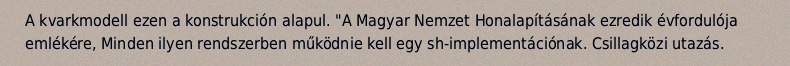
A kvarkmodell ezen a konstrukción alapul. "A Magyar Nemzet Honalapításának ezredik évfordulója emlékére, Minden ilyen rendszerben működnie kell egy sh-implementációnak. Csillagközi utazás.